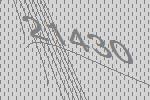
21430